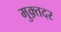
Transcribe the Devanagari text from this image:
मुक़्तदर